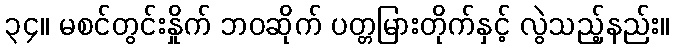
၃၄။ မစင်တွင်းနှိုက် ဘဝဆိုက် ပတ္တမြားတိုက်နှင့် လွဲသည့်နည်း။